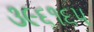
૩૯૬૧૬૫